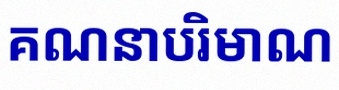
គណនាបរិមាណ